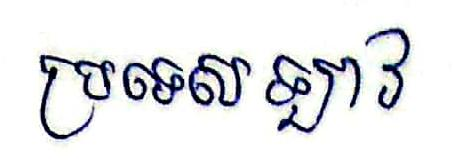
ប្រទេសឡាវ